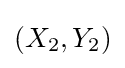
\left(X_{2},Y_{2}\right)